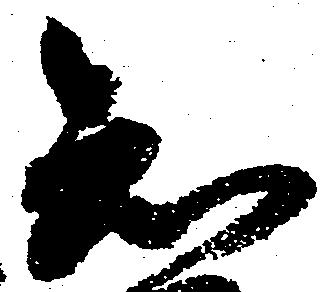
知